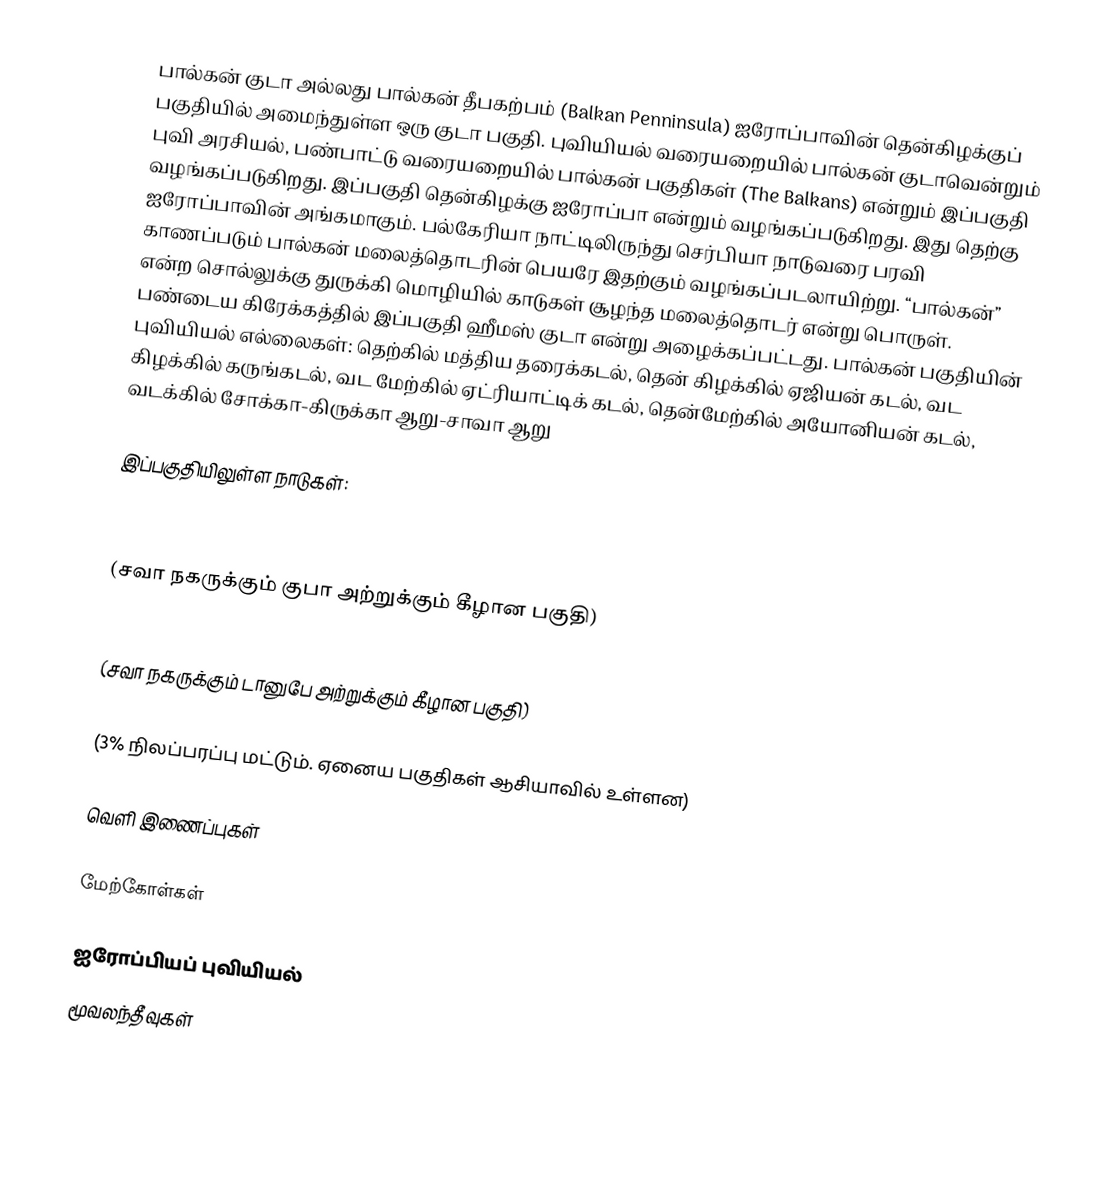
பால்கன் குடா அல்லது பால்கன் தீபகற்பம் (Balkan Penninsula) ஐரோப்பாவின் தென்கிழக்குப் பகுதியில் அமைந்துள்ள ஒரு குடா பகுதி. புவியியல் வரையறையில் பால்கன் குடாவென்றும் புவி அரசியல், பண்பாட்டு வரையறையில் பால்கன் பகுதிகள் (The Balkans) என்றும் இப்பகுதி வழங்கப்படுகிறது. இப்பகுதி தென்கிழக்கு ஐரோப்பா என்றும் வழங்கப்படுகிறது. இது தெற்கு ஐரோப்பாவின் அங்கமாகும். பல்கேரியா நாட்டிலிருந்து செர்பியா நாடுவரை பரவி காணப்படும் பால்கன் மலைத்தொடரின் பெயரே இதற்கும் வழங்கப்படலாயிற்று. “பால்கன்” என்ற சொல்லுக்கு துருக்கி மொழியில் காடுகள் சூழந்த மலைத்தொடர் என்று பொருள். பண்டைய கிரேக்கத்தில் இப்பகுதி ஹீமஸ் குடா என்று அழைக்கப்பட்டது. பால்கன் பகுதியின் புவியியல் எல்லைகள்: தெற்கில் மத்திய தரைக்கடல், தென் கிழக்கில் ஏஜியன் கடல், வட கிழக்கில் கருங்கடல், வட மேற்கில் ஏட்ரியாட்டிக் கடல், தென்மேற்கில் அயோனியன் கடல், வடக்கில் சோக்கா-கிருக்கா ஆறு-சாவா ஆறு

இப்பகுதியிலுள்ள நாடுகள்:

  (சவா நகருக்கும் குபா அற்றுக்கும் கீழான பகுதி)

  (சவா நகருக்கும் டானுபே அற்றுக்கும் கீழான பகுதி)

  (3% நிலப்பரப்பு மட்டும். ஏனைய பகுதிகள் ஆசியாவில் உள்ளன)

வெளி இணைப்புகள்

மேற்கோள்கள்

ஐரோப்பியப் புவியியல்
மூவலந்தீவுகள்